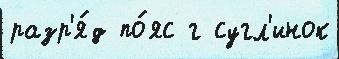
разр'я́д по́яс г сугл'инок